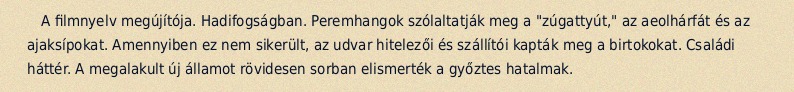
A filmnyelv megújítója. Hadifogságban. Peremhangok szólaltatják meg a "zúgattyút," az aeolhárfát és az ajaksípokat. Amennyiben ez nem sikerült, az udvar hitelezői és szállítói kapták meg a birtokokat. Családi háttér. A megalakult új államot rövidesen sorban elismerték a győztes hatalmak.